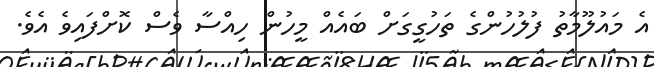
އެ މައުލޫމާތު ފުލުހުންގެ ތަހުގީގަށް ބައެއް މީހުން ހިއްސާ ވެސް ކޮށްފައިވެ އެވެ.